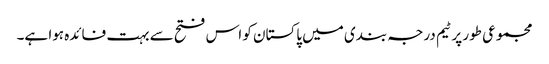
مجموعی طور پر ٹیم درجہ بندی میں پاکستان کو اس فتح سے بہت فائدہ ہوا ہے۔